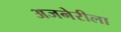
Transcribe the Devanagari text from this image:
अजनेरीला